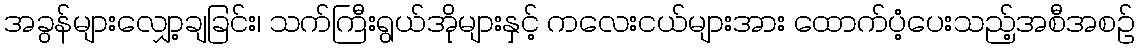
အခွန်များလျှော့ချခြင်း၊ သက်ကြီးရွယ်အိုများနှင့် ကလေးငယ်များအား ထောက်ပံ့ပေးသည့်အစီအစဉ်